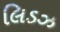
લિડઝ